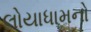
લોયાધામનો